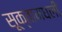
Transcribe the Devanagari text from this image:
सूक्तामधली